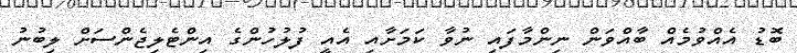
ބޮޑު އެއްވުމެއް ބާއްވަން ނިންމާފައި ނުވާ ކަމަށާއި އެއީ ފުލުހުންގެ އިންޓެލިޖެންސަށް ލިބުނު